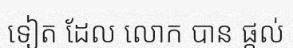
ទៀត ដែល លោក បាន ផ្តល់